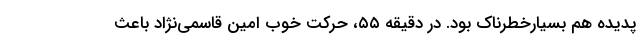
پدیده هم بسیارخطرناک بود. در دقیقه ۵۵، حرکت خوب امین قاسمی‌نژاد باعث